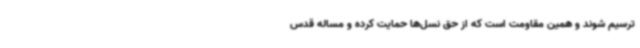
ترسیم شوند و همین مقاومت است که از حق نسل‌ها حمایت کرده و مساله قدس